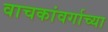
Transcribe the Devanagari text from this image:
वाचकांवर्गाच्या